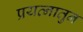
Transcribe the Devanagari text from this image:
प्रयत्नातुन